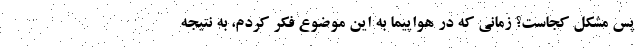
پس مشکل کجاست؟ زمانی که در هواپیما به این موضوع فکر کردم، به نتیجه